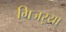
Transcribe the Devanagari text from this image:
गिजऱ्या